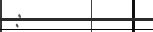
: